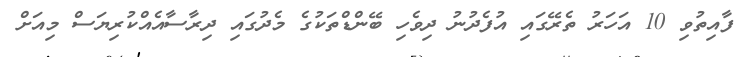
ފާއިތުވި 10 އަހަރު ތެރޭގައި އުފެދުނު ދިވެހި ބޭންޑްތަކުގެ މެދުގައި ދިރާސާއެއްކުރިޔަސް މިއަށް